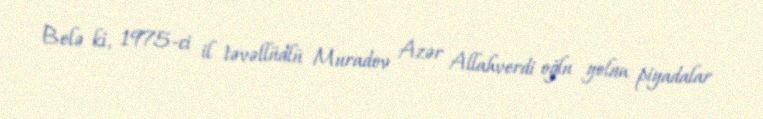
Belə ki, 1975-ci il təvəllüdlü Muradov Azər Allahverdi oğlu yolun piyadalar